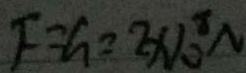
F = G = 2 \times 1 0 ^ { 8 } N